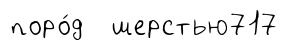
поро́д шерстью717